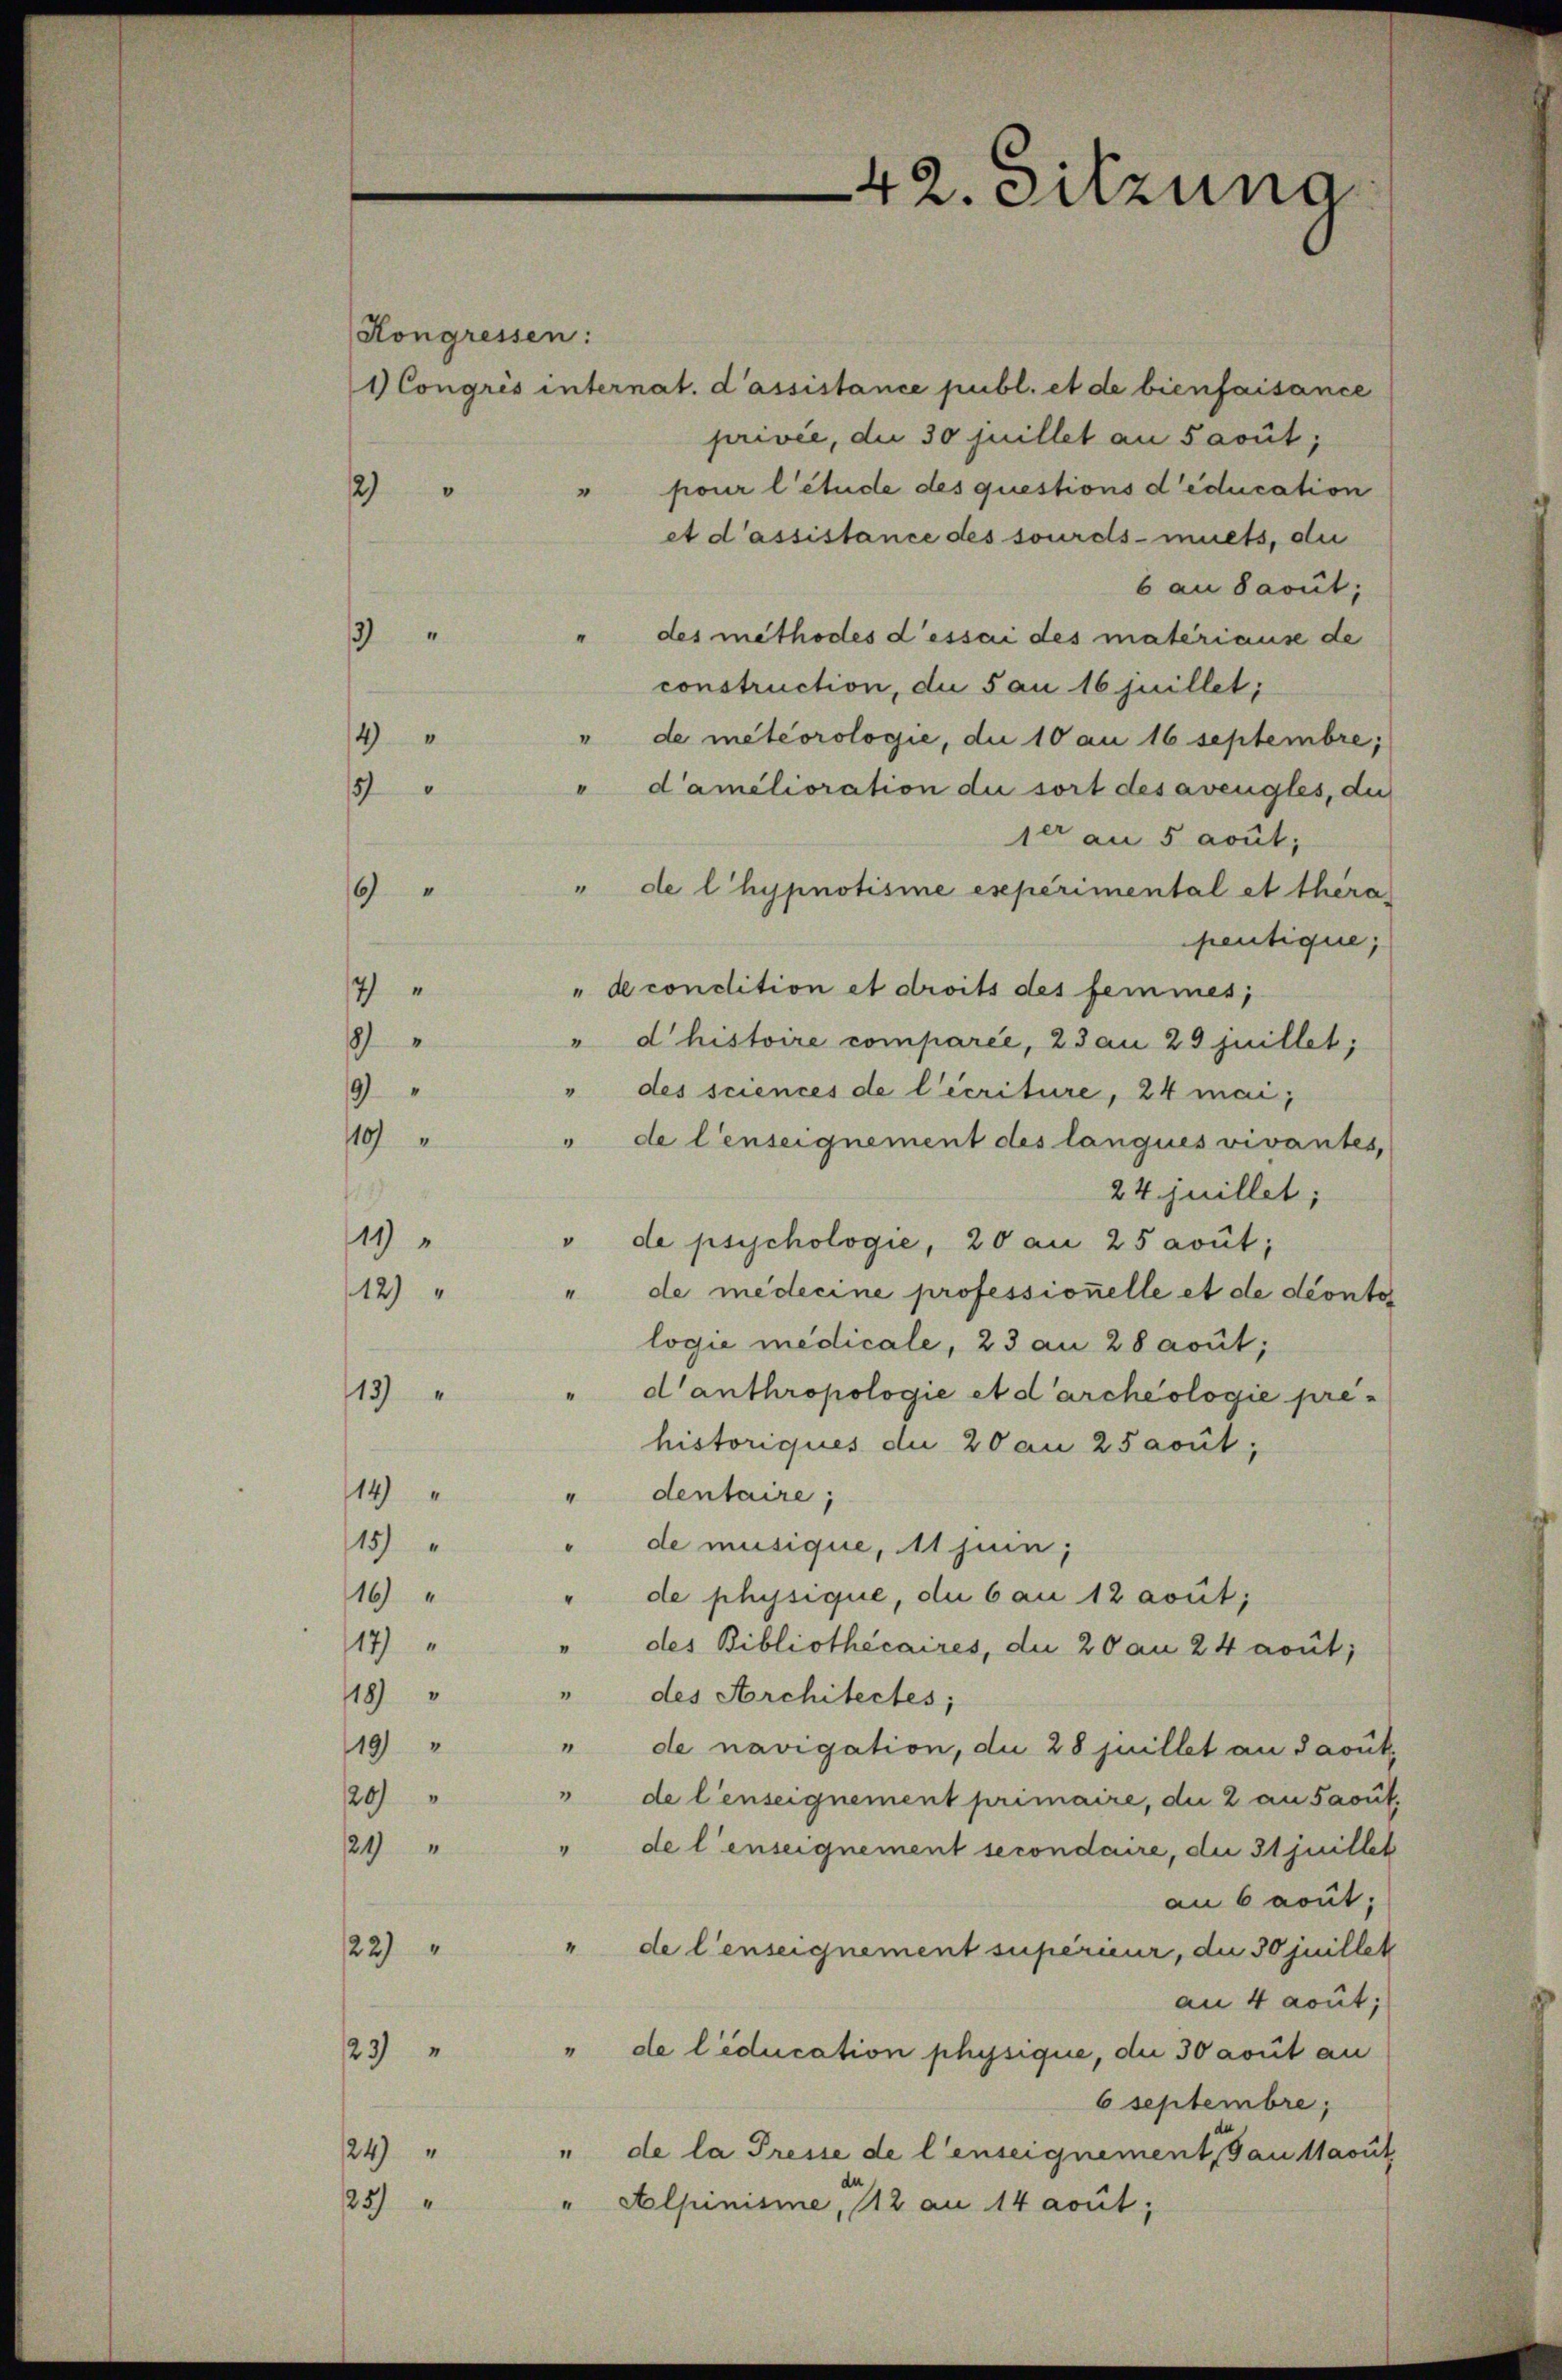
Kongressen:
12

4
5
9
14
1
9
119
19 "
112

1 Congres internat. d’assistance publ. et de bienfaisance
privée, die 30 juillet an Sacut;
pour l’étude des questions d’éducation
et d’assistance des sourdls-muets, die
6 an davut;
" des methodes dessai des matériause de
1
construction, die Sau 16 juillet;
de meteorologie, die 10 an 16 septembre;
 d’amélioration die sort desavengles, die
1er an 5 Lout,
" de l’hypnotisme experimental et thera
pentique;
" de condition et droits des femmes,
" d'histoire comparée, 23 an 29 juillet,
des sciences de l’écriture, 24 mai
" de lenseignement des langues vivantes,
24juillet;
" de psychologie, 20 an 25 avut;
" de médecine professionelle et de conto
logie medicale, 23 an 28 aout;
13)
d’anthropologie et darcheologie prehistoriques die 20 an 2 Facut;
"dentaire;
14
15)
de musique, 11 juin;
16
de physique, die 6 au 12 avut;
14)
" des Bibliothecaires, du 20 an 24 rout;
18) " " des Architectes;
19 "
" de navigation, die 28 juillet an davuk,
20)
de lenseignement primaire, die 2 an Sacut,
24 "
de l’enseignement secondaire, die 31 juillet
an 6 aout,
122)
" de l’enseignement supérieur, die 30 juillet
an 4 aout;
23) " " de leducation physique, die 30 avut an
6 septembre;
24) " " de la Presse de l’enseignement, Baustavut
25) " " Alpinisme 1 1/2 an 14 avut;

42. Sitzung